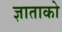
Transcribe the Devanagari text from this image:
ज्ञाताको